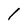
Character: 1